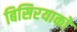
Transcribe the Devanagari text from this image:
बिसिरयाको